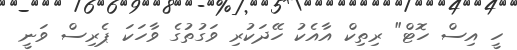
ހީ އިސް ހޮޓް" ރިތިކް އާއެކު ހޭދަކުރި ވަގުތުގެ ވާހަކަ ޕެރިސް ވަނީ